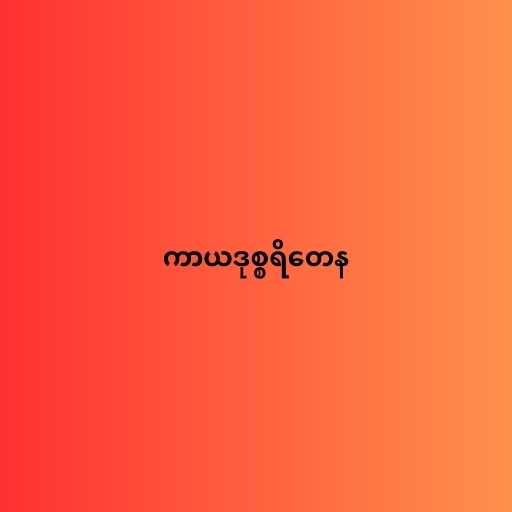
ကာယဒုစ္စရိတေန